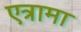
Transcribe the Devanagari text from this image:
एत्रामा